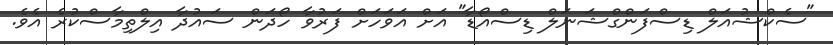
"ސެކްޝުއަލް ޑިސްފަންގްޝަނަލް ޑިސްއޯޑާ" އަށް އަވަހަށް ފަރުވާ ހޯދަން ސައުދާ އިލްތިމާސްކުރެ އެވެ.